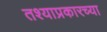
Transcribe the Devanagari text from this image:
तश्याप्रकारच्या